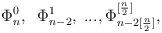
LaTeX: \begin{align*}\Phi_n^0,\;\; \Phi_{n-2}^1,\;...,\Phi_{n-2[\frac{n}{2}]}^{[\frac{n}{2}]},\end{align*}